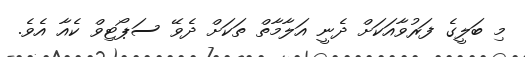
މި ބަލީގެ ފަރުވާއަކަށް ދެނީ އަލާމާތް ތަކަށް ދެވޭ ސަޕޯޓިވް ކެއާ އެވެ.